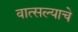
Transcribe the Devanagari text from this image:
वात्सल्याचे